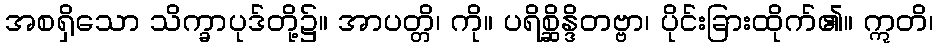
အစရှိသော သိက္ခာပုဒ်တို့၌။ အာပတ္တိ၊ ကို။ ပရိစ္ဆိန္ဒိတဗ္ဗာ၊ ပိုင်းခြားထိုက်၏။ ဣတိ၊